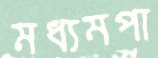
মধ্যমপা